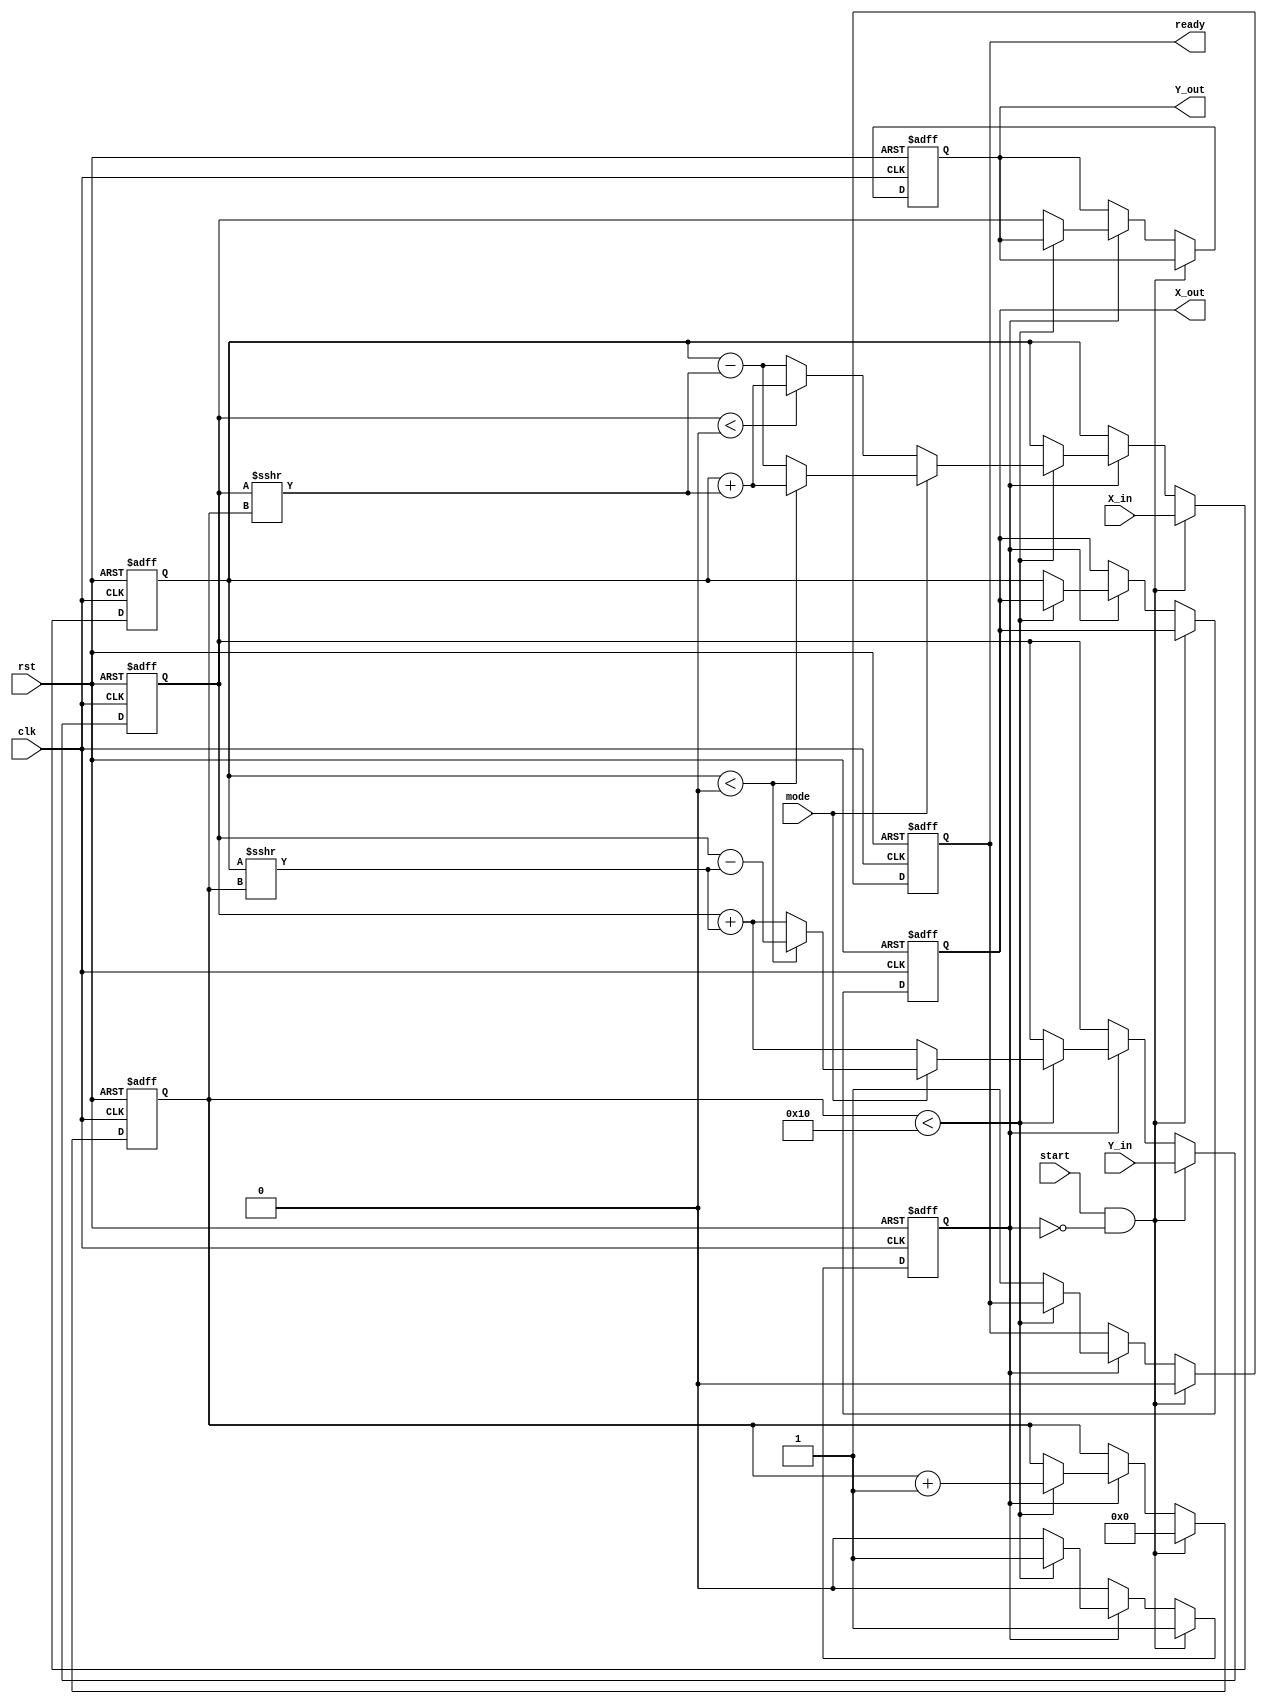
module ComplexCORDIC #(
    parameter ITERATIONS = 16, // Configurable number of iterations
    parameter WIDTH = 16 // Bit width for fixed-point representation
)(
    input wire clk,
    input wire rst,
    input wire start,
    input wire mode, // Mode control: 0 - rotation, 1 - vectoring
    input wire signed [WIDTH-1:0] X_in,
    input wire signed [WIDTH-1:0] Y_in,
    output reg signed [WIDTH-1:0] X_out,
    output reg signed [WIDTH-1:0] Y_out,
    output reg ready // Indicates completion of operation
);

    // Internal Registers
    reg signed [WIDTH-1:0] X_reg, Y_reg;
    reg signed [WIDTH-1:0] angle [0:ITERATIONS-1]; // Lookup table for angles
    reg [3:0] iteration_count; // Iteration counter
    reg computing; // State to indicate CORDIC operation

    // Initialize the angle lookup table (arctan values)
    initial begin
        angle[0] = 16'h3C90; // atan(2^-0) in fixed-point
        angle[1] = 16'h3C40; // atan(2^-1)
        // ... fill in all angles based on the number of iterations
    end

    // CORDIC Iteration Logic
    always @(posedge clk or posedge rst) begin
        if (rst) begin
            X_reg <= 0;
            Y_reg <= 0;
            iteration_count <= 0;
            computing <= 0;
            ready <= 0;
            X_out <= 0;
            Y_out <= 0;
        end else if (start && !computing) begin
            // Start the CORDIC process
            X_reg <= X_in;
            Y_reg <= Y_in;
            iteration_count <= 0;
            computing <= 1;
            ready <= 0;
        end else if (computing) begin
            if (iteration_count < ITERATIONS) begin
                // CORDIC algorithm for rotation or vectoring
                if (mode == 0) begin // Rotation Mode
                    if (Y_reg < 0) begin
                        X_reg <= X_reg + (Y_reg >>> iteration_count);
                        Y_reg <= Y_reg + (X_reg >>> iteration_count);
                    end else begin
                        X_reg <= X_reg - (Y_reg >>> iteration_count);
                        Y_reg <= Y_reg + (X_reg >>> iteration_count);
                    end
                end else begin // Vectoring Mode
                    if (X_reg < 0) begin
                        X_reg <= X_reg + (Y_reg >>> iteration_count);
                        Y_reg <= Y_reg - (X_reg >>> iteration_count);
                    end else begin
                        X_reg <= X_reg - (Y_reg >>> iteration_count);
                        Y_reg <= Y_reg + (X_reg >>> iteration_count);
                    end
                end

                // Increment iteration count
                iteration_count <= iteration_count + 1;
            end else begin
                // Completed all iterations
                computing <= 0;
                ready <= 1;
                X_out <= X_reg;
                Y_out <= Y_reg;
            end
        end
    end

endmodule